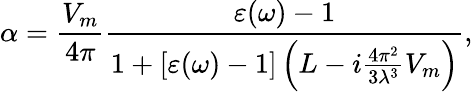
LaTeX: \alpha=\frac{V_{m}}{4\pi}\frac{\varepsilon(\omega)-1}{1+[\varepsilon(\omega)-1]\left(L-i\frac{4\pi^{2}}{3\lambda^{3}}V_{m}\right)},